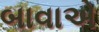
બાવાએ